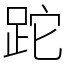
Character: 跎